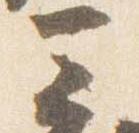
三